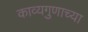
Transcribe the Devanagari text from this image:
काव्यगुणाच्या